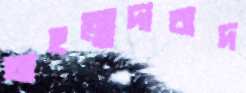
আহম্মেদাবাদ